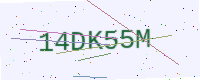
Text: 14DK55M